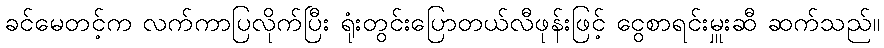
ခင်မေတင့်က လက်ကာပြလိုက်ပြီး ရုံးတွင်းပြောတယ်လီဖုန်းဖြင့် ငွေစာရင်းမှူးဆီ ဆက်သည်။